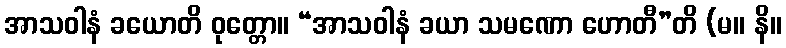
အာသဝါနံ ခယောတိ ဝုတ္တော။ “အာသဝါနံ ခယာ သမဏော ဟောတီ”တိ (မ။ နိ။